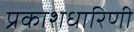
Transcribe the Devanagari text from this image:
प्रकाशधारिणी